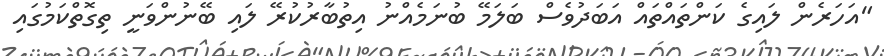
"އަހަރެން ލައިގެ ކަންތައްތައް އަބަދުވެސް ބަލަމޭ ބުނަމެއްނު އިތުބާރުކުރޭ ލައި ބޭނުންވަނީ ތިގޮތްކަމުގައި